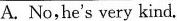
A.No,he's very kind.